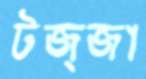
টজ্জা